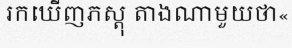
រកឃើញភស្តុ តាងណាមួយថា«